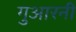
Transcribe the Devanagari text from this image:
गुआरनी